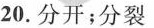
20.分开；分裂